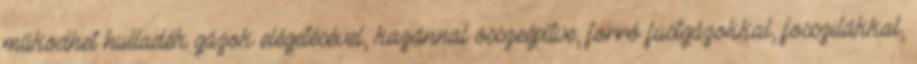
működhet hulladék gázok elégetésével, kazánnal összeépítve, forró füstgázokkal, fosszilákkal,